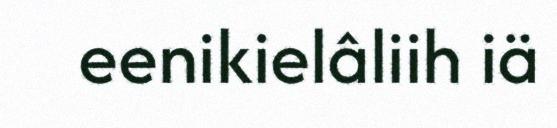
eenikielâliih iä